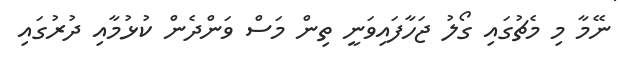
ނޭމާ މި މެޗުގައި ގޯލު ޖަހާފައިވަނީ ތިން މަސް ވަންދެން ކުޅުމާއި ދުރުގައި